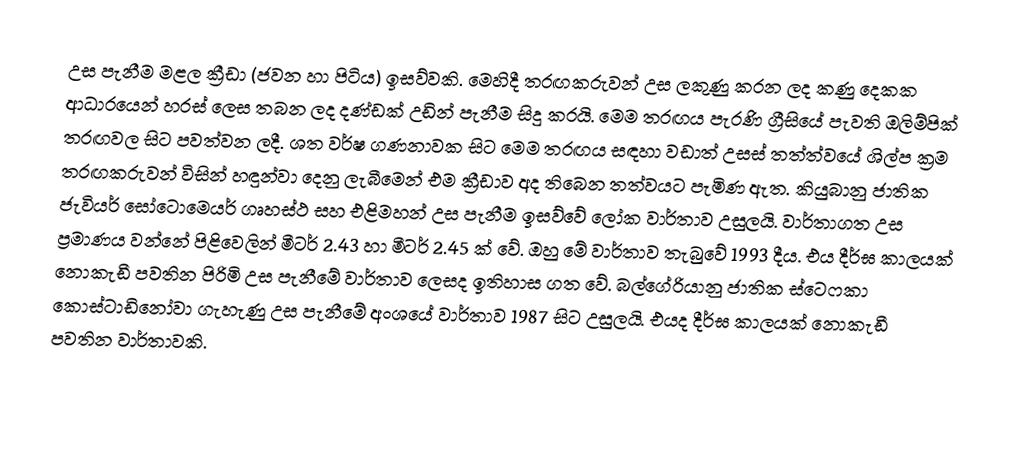
උස පැනීම මළල ක්‍රීඩා (ජවන හා පිටිය) ඉසව්වකි. මෙහිදී තරඟකරුවන් උස ලකුණු කරන ලද කණු දෙකක ආධාරයෙන් හරස් ලෙස තබන ලද දණ්ඩක් උඩින් පැනීම සිදු කරයි. මෙම තරඟය පැරණි ග්‍රීසියේ පැවති ඔලිම්පික් තරඟවල සිට පවත්වන ලදී. ශත වර්ෂ ගණනාවක සිට මෙම තරඟය සඳහා වඩාත් උසස් තත්ත්වයේ ශිල්ප ක්‍රම තරඟකරුවන් විසින් හඳුන්වා දෙනු ලැබීමෙන් එම ක්‍රීඩාව අද තිබෙන තත්වයට පැමිණ ඇත. කියුබානු ජාතික ජැවියර් සෝටොමෙයර් ගෘහස්ථ සහ එළිමහන් උස පැනීම ඉසව්වේ ලෝක වාර්තාව උසුලයි. වාර්තාගත උස ප්‍රමාණය වන්නේ පිළිවෙලින් මීටර් 2.43 හා මීටර් 2.45 ක් වේ. ඔහු මේ වාර්තාව තැබුවේ 1993 දීය. එය දීර්ඝ කාලයක් නොකැඩී පවතින පිරිමි උස පැනීමේ වාර්තාව ලෙසද ඉතිහාස ගත වේ. බල්ගේරියානු ජාතික ස්ටෙෆකා කොස්ටාඩිනෝවා ගැහැණු උස පැනීමේ අංශයේ වාර්තාව 1987 සිට උසුලයි. එයද දීර්ඝ කාලයක් නොකැඩී පවතින වාර්තාවකි.